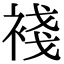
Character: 䙁